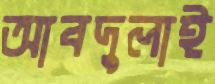
আবদুলাই